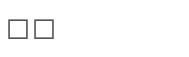
٥٣